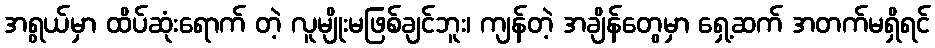
အရွယ်မှာ ထိပ်ဆုံးရောက် တဲ့ လူမျိုးမဖြစ်ချင်ဘူး၊ ကျန်တဲ့ အချိန်တွေမှာ ရှေ့ဆက် အတက်မရှိရင်